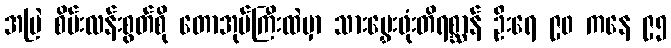
အမြဲ စိမ်းလန်းစွတ်စို တောအုပ်ကြီးထဲမှာ သားမွှေးဖုံးတိရစ္ဆာန် ဦးရေ ၉၀ ကနေ ၉၅